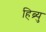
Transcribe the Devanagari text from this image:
हिब्र्यु